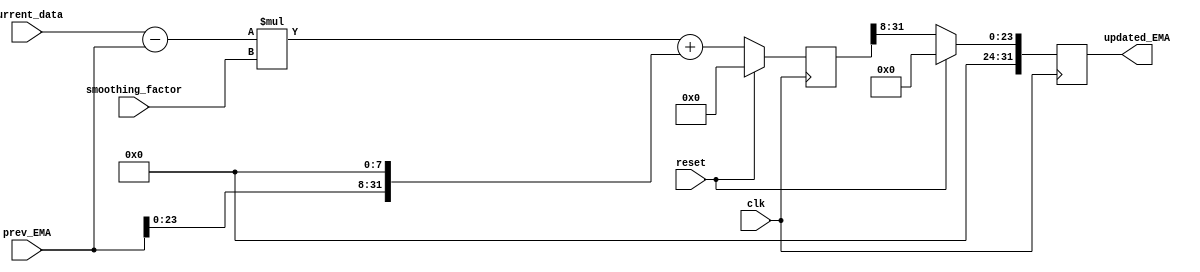
module EMA_accumulator (
    input wire clk,
    input wire reset,
    input wire [31:0] prev_EMA,
    input wire [31:0] current_data,
    input wire [7:0] smoothing_factor,
    output reg [31:0] updated_EMA
);

reg [31:0] intermediate_result;

always @(posedge clk) begin
    if (reset) begin
        intermediate_result <= 0;
        updated_EMA <= 0;
    end else begin
        intermediate_result <= ((current_data - prev_EMA) * smoothing_factor) + (prev_EMA << 8);
        updated_EMA <= intermediate_result >> 8;
    end
end

endmodule